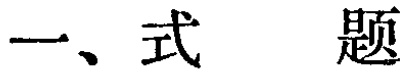
一、式 题